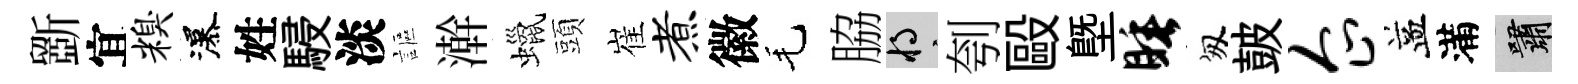
斵宜糗瀑姓駸淡謳澣蠟頭崔煮徽毛脇將刳毆塈睡匆皷企益滿嘯